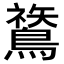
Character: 𪄬